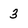
Character: 3